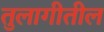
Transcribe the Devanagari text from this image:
तुलागीतील